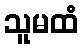
သူမထံ